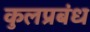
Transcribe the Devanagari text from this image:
कुलप्रबंध